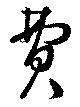
費